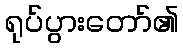
ရုပ်ပွားတော်၏